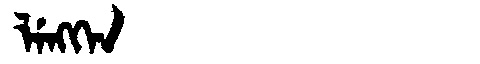
Manchu: ᠯᡝᠩᡴᡝᠨ
Romanization: LENGKEN